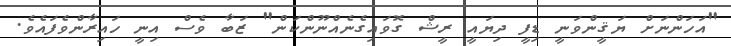
"އަހަންނަށް ޔަޤީންވަނީ ޑިފީ ދިޔައީ ރީޝް ގޮވައިގެނެއްނޫންކަން" ޒަބާ ވެސް އިނީ ހައިރާންވެފައެވެ.